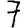
Digit: 7